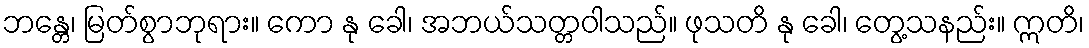
ဘန္တေ၊ မြတ်စွာဘုရား။ ကော နု ခေါ၊ အဘယ်သတ္တဝါသည်။ ဖုသတိ နု ခေါ၊ တွေ့သနည်း။ ဣတိ၊